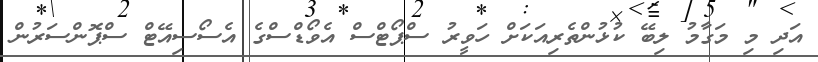
އަދި މި މަގާމު ލިބޭ ކުޅުންތެރިއަކަށް ހަވީރު ސްޕޯޓްސް އެވޯޑްސްގެ އެސޯސިއޭޓް ސްޕޮންސަރުން